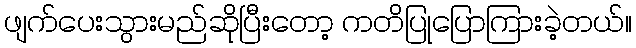
ဖျက်ပေးသွားမည်ဆိုပြီးတော့ ကတိပြုပြောကြားခဲ့တယ်။